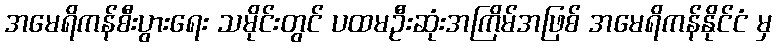
အမေရိကန်စီးပွားရေး သမိုင်းတွင် ပထမဦးဆုံးအကြိမ်အဖြစ် အမေရိကန်နိုင်ငံ မှ